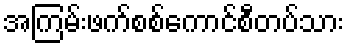
အကြမ်းဖက်စစ်ကောင်စီတပ်သား